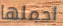
احملها